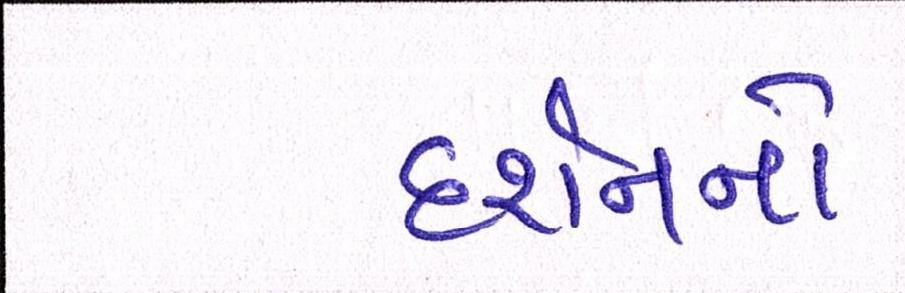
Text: દર્શનનો